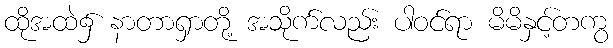
ထိုအထဲ၌ နာတာရှာတို့ အသိုက်လည်း ပါဝင်ရာ မိမိနှင့်တကွ